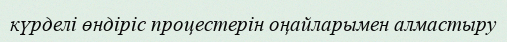
күрделі өндіріс процестерін оңайларымен алмастыру